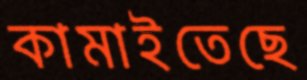
কামাইতেছে